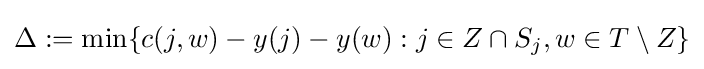
\Delta :=\min\{c(j,w)-y(j)-y(w):j\in Z\cap S_{j},w\in T\setminus Z\}